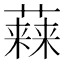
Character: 𧀃